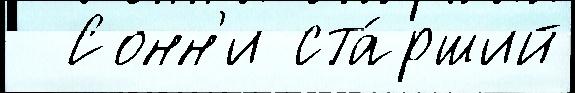
  Сонн'и ста́рший